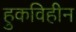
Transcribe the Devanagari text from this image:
हुकविहीन